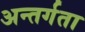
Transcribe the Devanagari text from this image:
अन्तर्गता